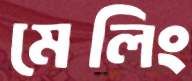
মেলিং